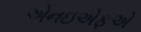
એનઇએફએ